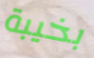
بخيبة